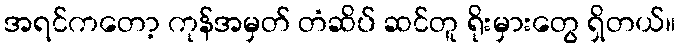
အရင်ကတော့ ကုန်အမှတ် တံဆိပ် ဆင်တူ ရိုးမှားတွေ ရှိတယ်။